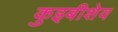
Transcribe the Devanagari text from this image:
कुइबीशेव